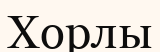
Хорлы